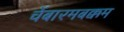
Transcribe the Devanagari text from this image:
चेंबारमबक्कम